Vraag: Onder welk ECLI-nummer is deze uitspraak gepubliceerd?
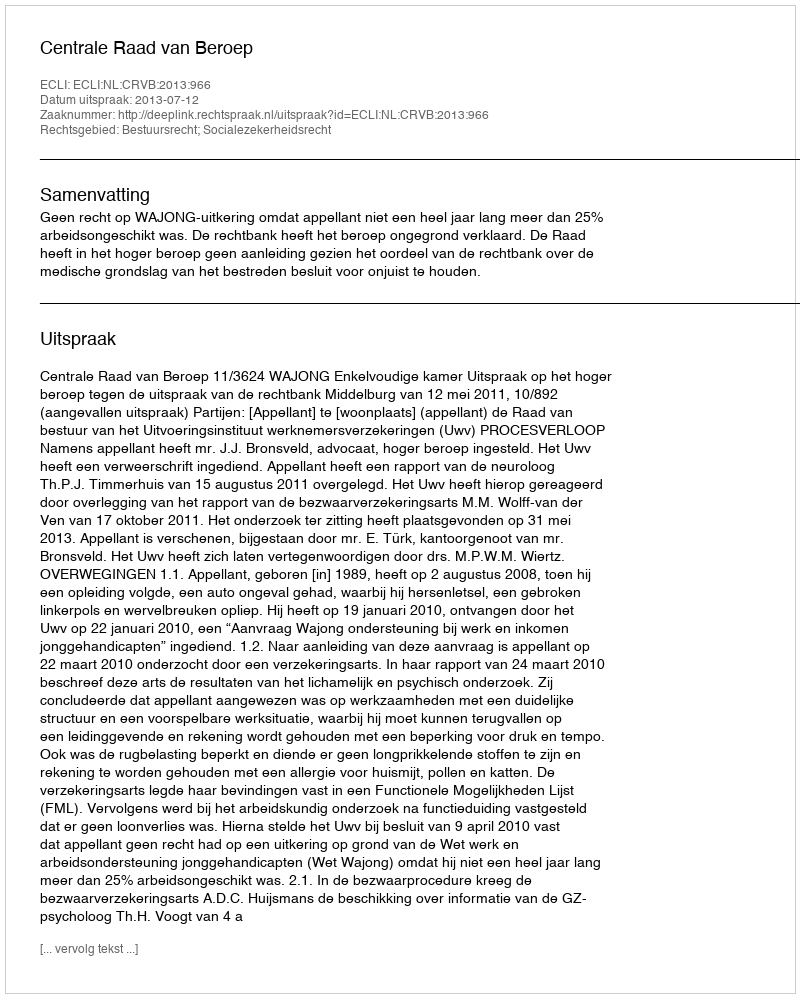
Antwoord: ECLI:NL:CRVB:2013:966